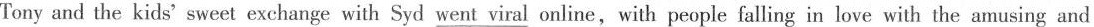
Tony and the kids'sweet exchange with Syd went_ viral online,with people falling in love with the amusing and